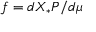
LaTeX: f = d X _ { * } P / d \mu